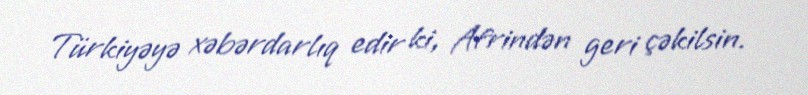
Türkiyəyə xəbərdarlıq edir ki, Afrindən geri çəkilsin.